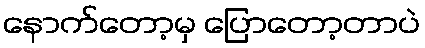
နောက်တော့မှ ပြောတော့တာပဲ